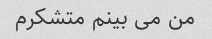
من می بینم متشکرم